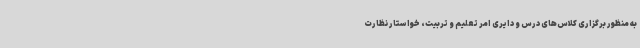
به منظور برگزاری کلاس‌های درس و دایری امر تعلیم و تربیت، خواستار نظارت